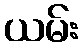
ယမ်း